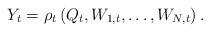
LaTeX: \begin{align*} Y_t = \rho_t \left(Q_t,W_{1,t},\ldots, W_{N,t} \right).\end{align*}